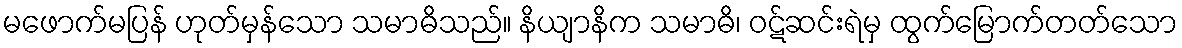
မဖောက်မပြန် ဟုတ်မှန်သော သမာဓိသည်။ နိယျာနိက သမာဓိ၊ ဝဋ်ဆင်းရဲမှ ထွက်မြောက်တတ်သော